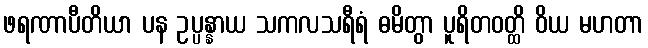
ဖရဏာပီတိယာ ပန ဥပ္ပန္နာယ သကလသရီရံ ဓမိတွာ ပူရိတဝတ္ထိ ဝိယ မဟတာ